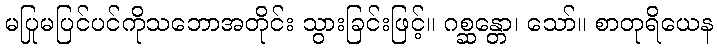
မပြုမပြင်ပင်ကိုသဘောအတိုင်း သွားခြင်းဖြင့်။ ဂစ္ဆန္တော၊ သော်။ စာတုရိယေန